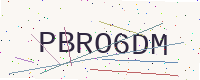
Text: PBRO6DM